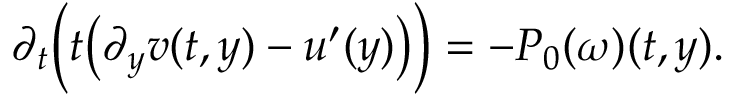
\begin{array} { r } { \partial _ { t } \Big ( t \big ( \partial _ { y } v ( t , y ) - u ^ { \prime } ( y ) \big ) \Big ) = - P _ { 0 } ( \omega ) ( t , y ) . } \end{array}